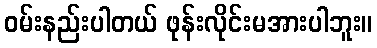
ဝမ်းနည်းပါတယ် ဖုန်းလိုင်းမအားပါဘူး။